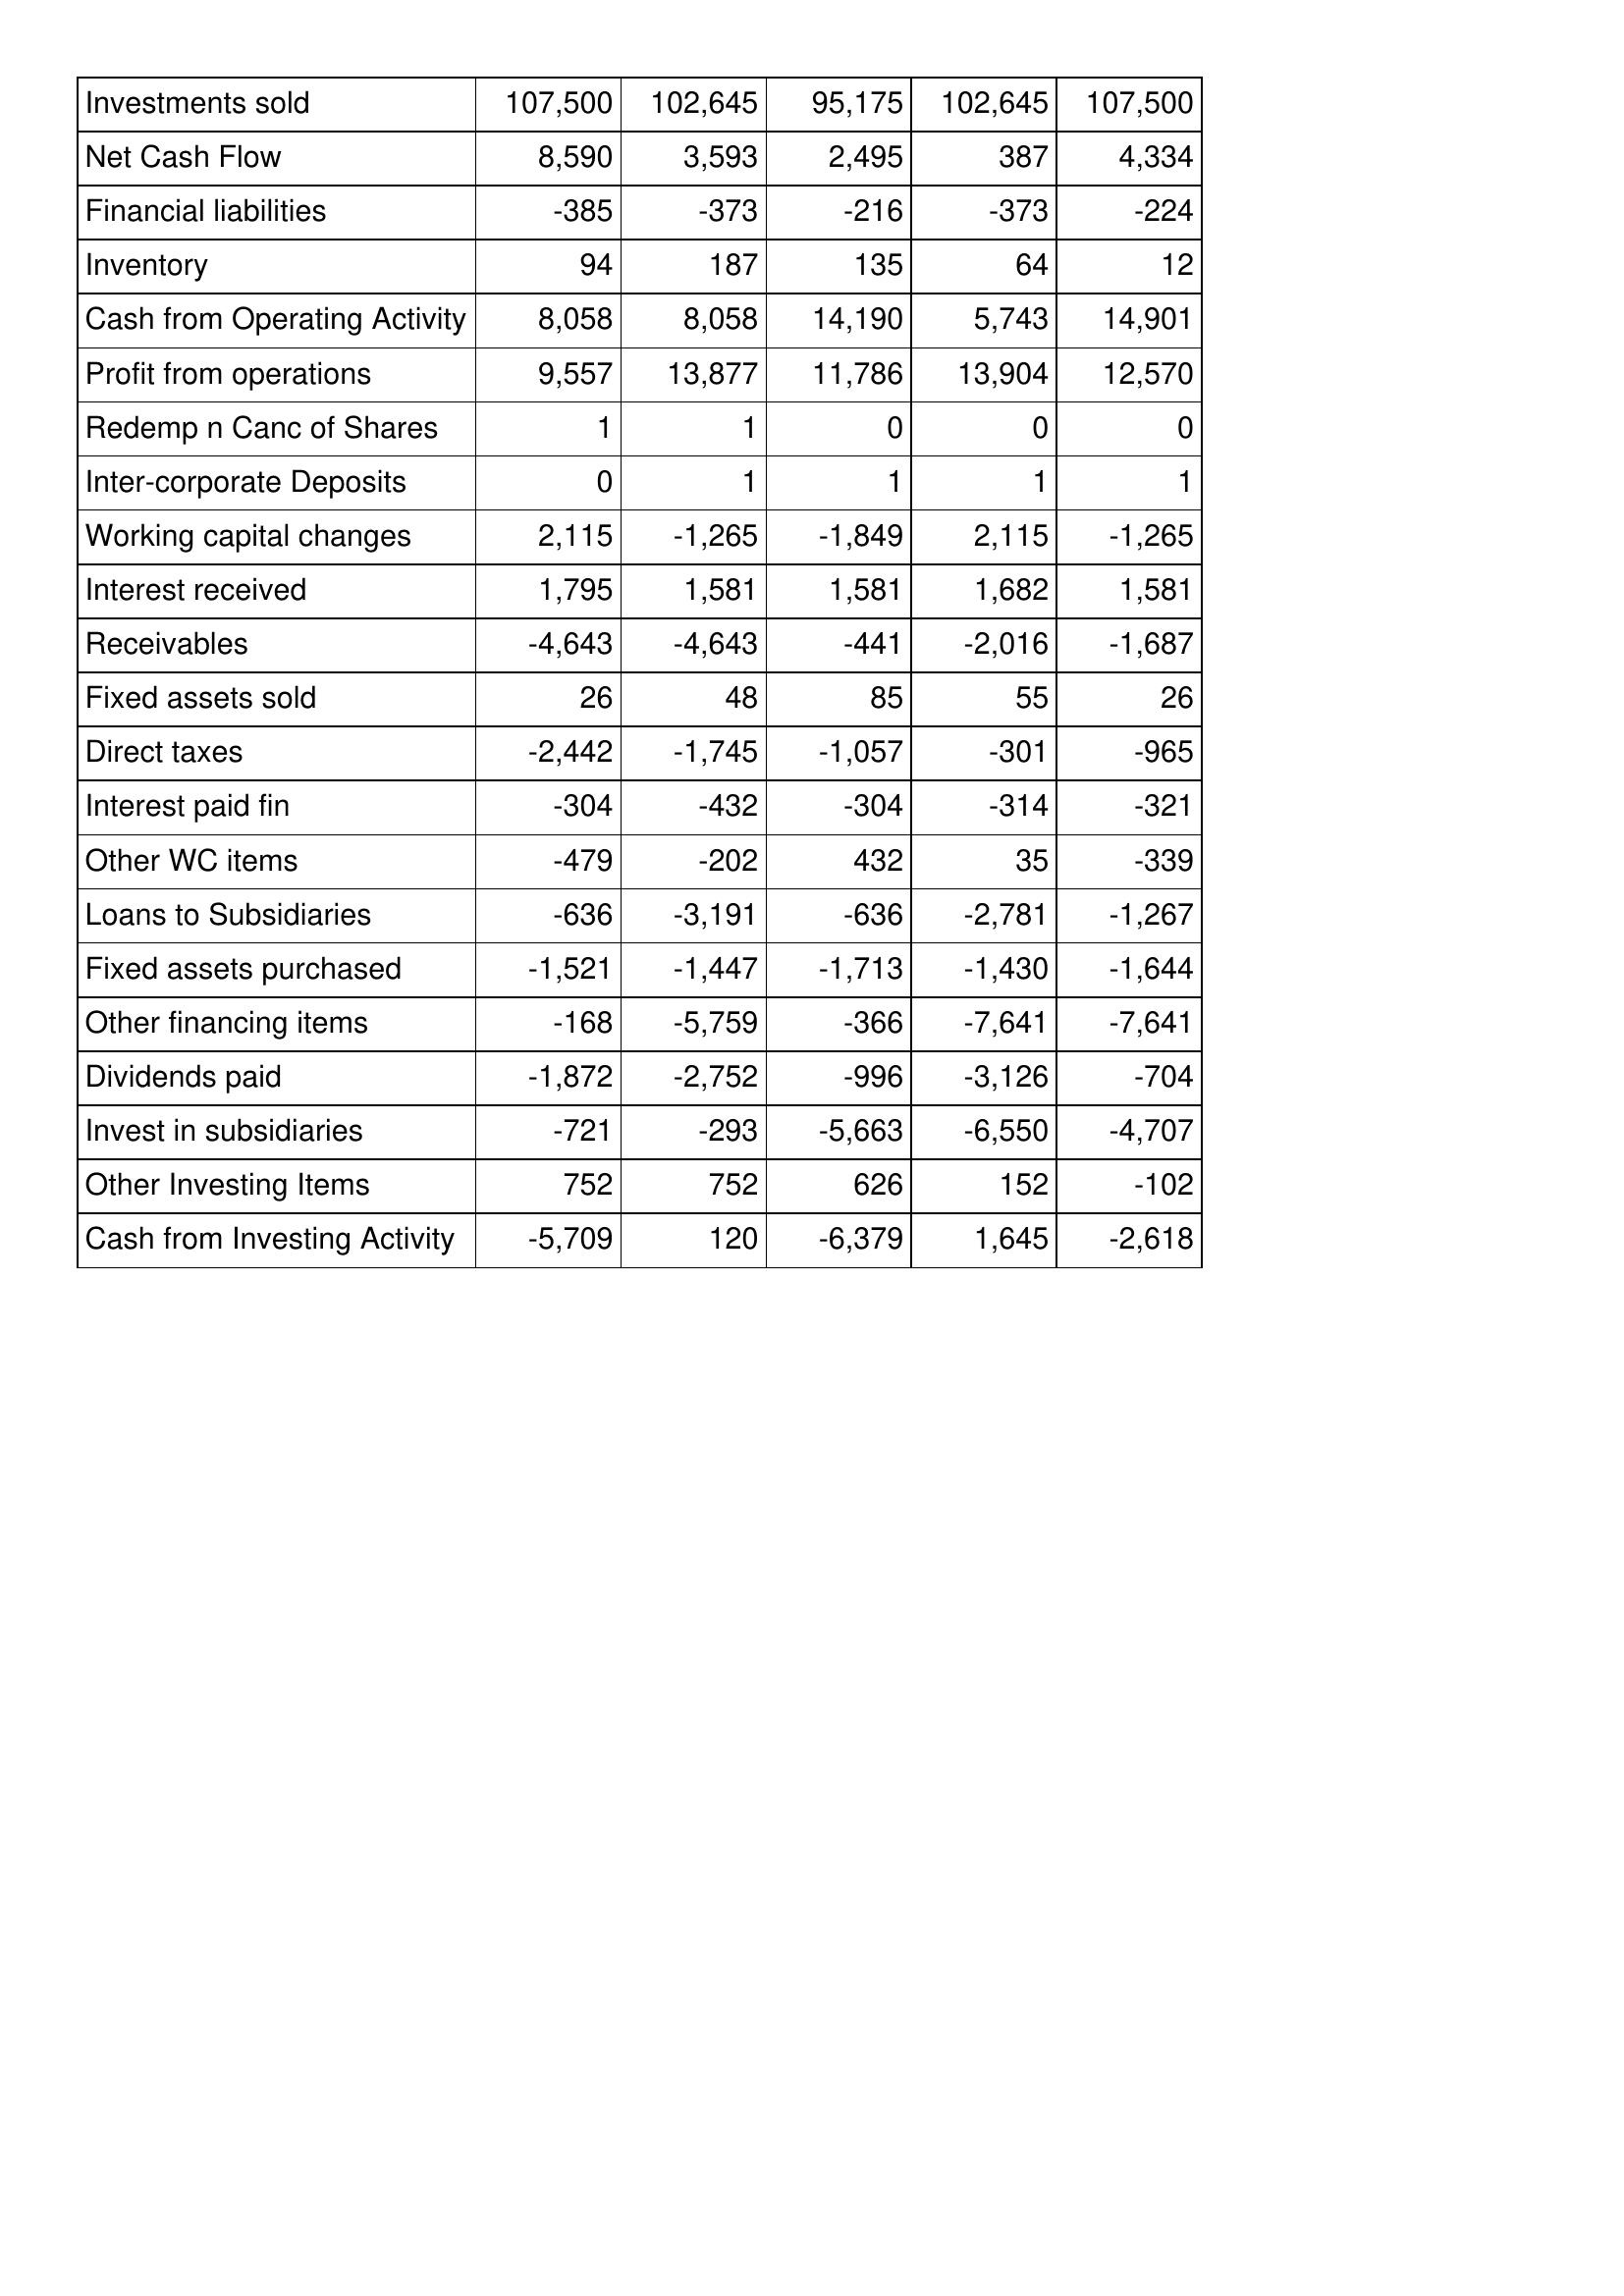
Jul-13: Cash Flows: Investments sold: 107,500
Net Cash Flow: 8,590
Financial liabilities: -385
Inventory: 94
Cash from Operating Activity: 8,058
Profit from operations: 9,557
Redemp n Canc of Shares: 1
Inter-corporate Deposits: 0
Working capital changes: 2,115
Interest received: 1,795
Receivables: -4,643
Fixed assets sold: 26
Direct taxes: -2,442
Interest paid fin: -304
Other WC items: -479
Loans to Subsidiaries: -636
Fixed assets purchased: -1,521
Other financing items: -168
Dividends paid: -1,872
Invest in subsidiaries: -721
Other Investing Items: 752
Cash from Investing Activity: -5,709
Jul-14: Cash Flows: Investments sold: 102,645
Net Cash Flow: 3,593
Financial liabilities: -373
Inventory: 187
Cash from Operating Activity: 8,058
Profit from operations: 13,877
Redemp n Canc of Shares: 1
Inter-corporate Deposits: 1
Working capital changes: -1,265
Interest received: 1,581
Receivables: -4,643
Fixed assets sold: 48
Direct taxes: -1,745
Interest paid fin: -432
Other WC items: -202
Loans to Subsidiaries: -3,191
Fixed assets purchased: -1,447
Other financing items: -5,759
Dividends paid: -2,752
Invest in subsidiaries: -293
Other Investing Items: 752
Cash from Investing Activity: 120
Jul-15: Cash Flows: Investments sold: 95,175
Net Cash Flow: 2,495
Financial liabilities: -216
Inventory: 135
Cash from Operating Activity: 14,190
Profit from operations: 11,786
Redemp n Canc of Shares: 0
Inter-corporate Deposits: 1
Working capital changes: -1,849
Interest received: 1,581
Receivables: -441
Fixed assets sold: 85
Direct taxes: -1,057
Interest paid fin: -304
Other WC items: 432
Loans to Subsidiaries: -636
Fixed assets purchased: -1,713
Other financing items: -366
Dividends paid: -996
Invest in subsidiaries: -5,663
Other Investing Items: 626
Cash from Investing Activity: -6,379
Jul-16: Cash Flows: Investments sold: 102,645
Net Cash Flow: 387
Financial liabilities: -373
Inventory: 64
Cash from Operating Activity: 5,743
Profit from operations: 13,904
Redemp n Canc of Shares: 0
Inter-corporate Deposits: 1
Working capital changes: 2,115
Interest received: 1,682
Receivables: -2,016
Fixed assets sold: 55
Direct taxes: -301
Interest paid fin: -314
Other WC items: 35
Loans to Subsidiaries: -2,781
Fixed assets purchased: -1,430
Other financing items: -7,641
Dividends paid: -3,126
Invest in subsidiaries: -6,550
Other Investing Items: 152
Cash from Investing Activity: 1,645
Jul-17: Cash Flows: Investments sold: 107,500
Net Cash Flow: 4,334
Financial liabilities: -224
Inventory: 12
Cash from Operating Activity: 14,901
Profit from operations: 12,570
Redemp n Canc of Shares: 0
Inter-corporate Deposits: 1
Working capital changes: -1,265
Interest received: 1,581
Receivables: -1,687
Fixed assets sold: 26
Direct taxes: -965
Interest paid fin: -321
Other WC items: -339
Loans to Subsidiaries: -1,267
Fixed assets purchased: -1,644
Other financing items: -7,641
Dividends paid: -704
Invest in subsidiaries: -4,707
Other Investing Items: -102
Cash from Investing Activity: -2,618